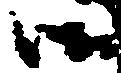
御